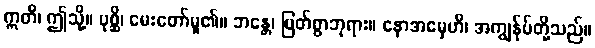
ဣတိ၊ ဤသို့။ ပုစ္ဆိ၊ မေးတော်မူ၏။ ဘန္တေ၊ မြတ်စွာဘုရား။ နောအမှေဟိ၊ အကျွန်ုပ်တို့သည်။